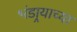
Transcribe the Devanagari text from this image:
भंडार्‍याच्या